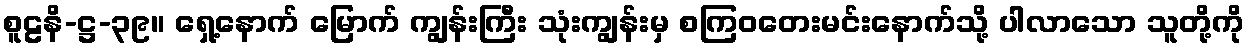
စူဠနိ-ဋ္ဌ-၃၉။ ရှေ့နောက် မြောက် ကျွန်းကြီး သုံးကျွန်းမှ စကြဝတေးမင်းနောက်သို့ ပါလာသော သူတို့ကို